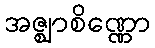
အဇ္ဈာစိဏ္ဏော